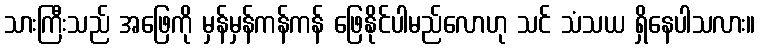
သားကြီးသည် အဖြေကို မှန်မှန်ကန်ကန် ဖြေနိုင်ပါမည်လောဟု သင် သံသယ ရှိနေပါသလား။